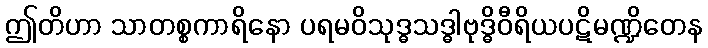
ဤတိဟာ သာတစ္စကာရိနော ပရမဝိသုဒ္ဓသဒ္ဓါဗုဒ္ဓိဝီရိယပဋိမဏ္ဍိတေန